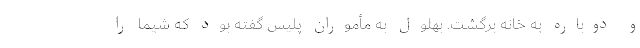
و دوباره به خانه برگشت. بهلول به مأموران پلیس گفته بود که شیما را